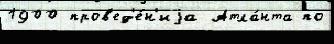
1900 пров'ед'е́н'иjа Атла́нта по